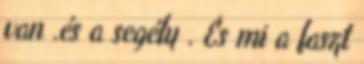
van .és a segély . És mi a faszt